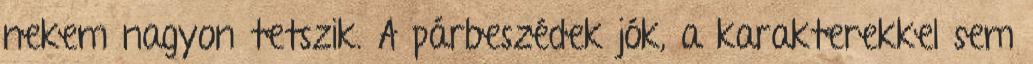
nekem nagyon tetszik. A párbeszédek jók, a karakterekkel sem